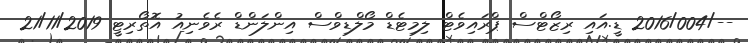
--/2016/004 ޑީ.އައި ރިޒޯޓްސް ޕްރައިވެޓް ލިމިޓެޑް މޯލްޑިވްސް އިންލަންޑް ރެވެނިއު އޮތޯރިޓީ 21/11/2019